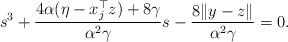
LaTeX: \begin{align*}s^{3}+\frac{4\alpha(\eta-x_j^\top z)+8\gamma}{\alpha^2\gamma}s-\frac{8\|y-z\|}{\alpha^2\gamma}=0.\end{align*}